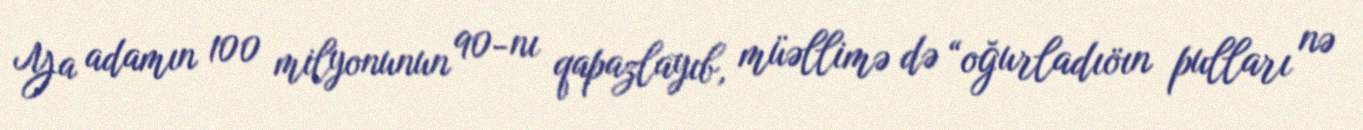
Ya adamın 100 milyonunun 90-nı qapazlayıb, müəllimə də “oğurladıöın pulları nə